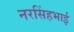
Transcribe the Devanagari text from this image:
नरसिंहभाई